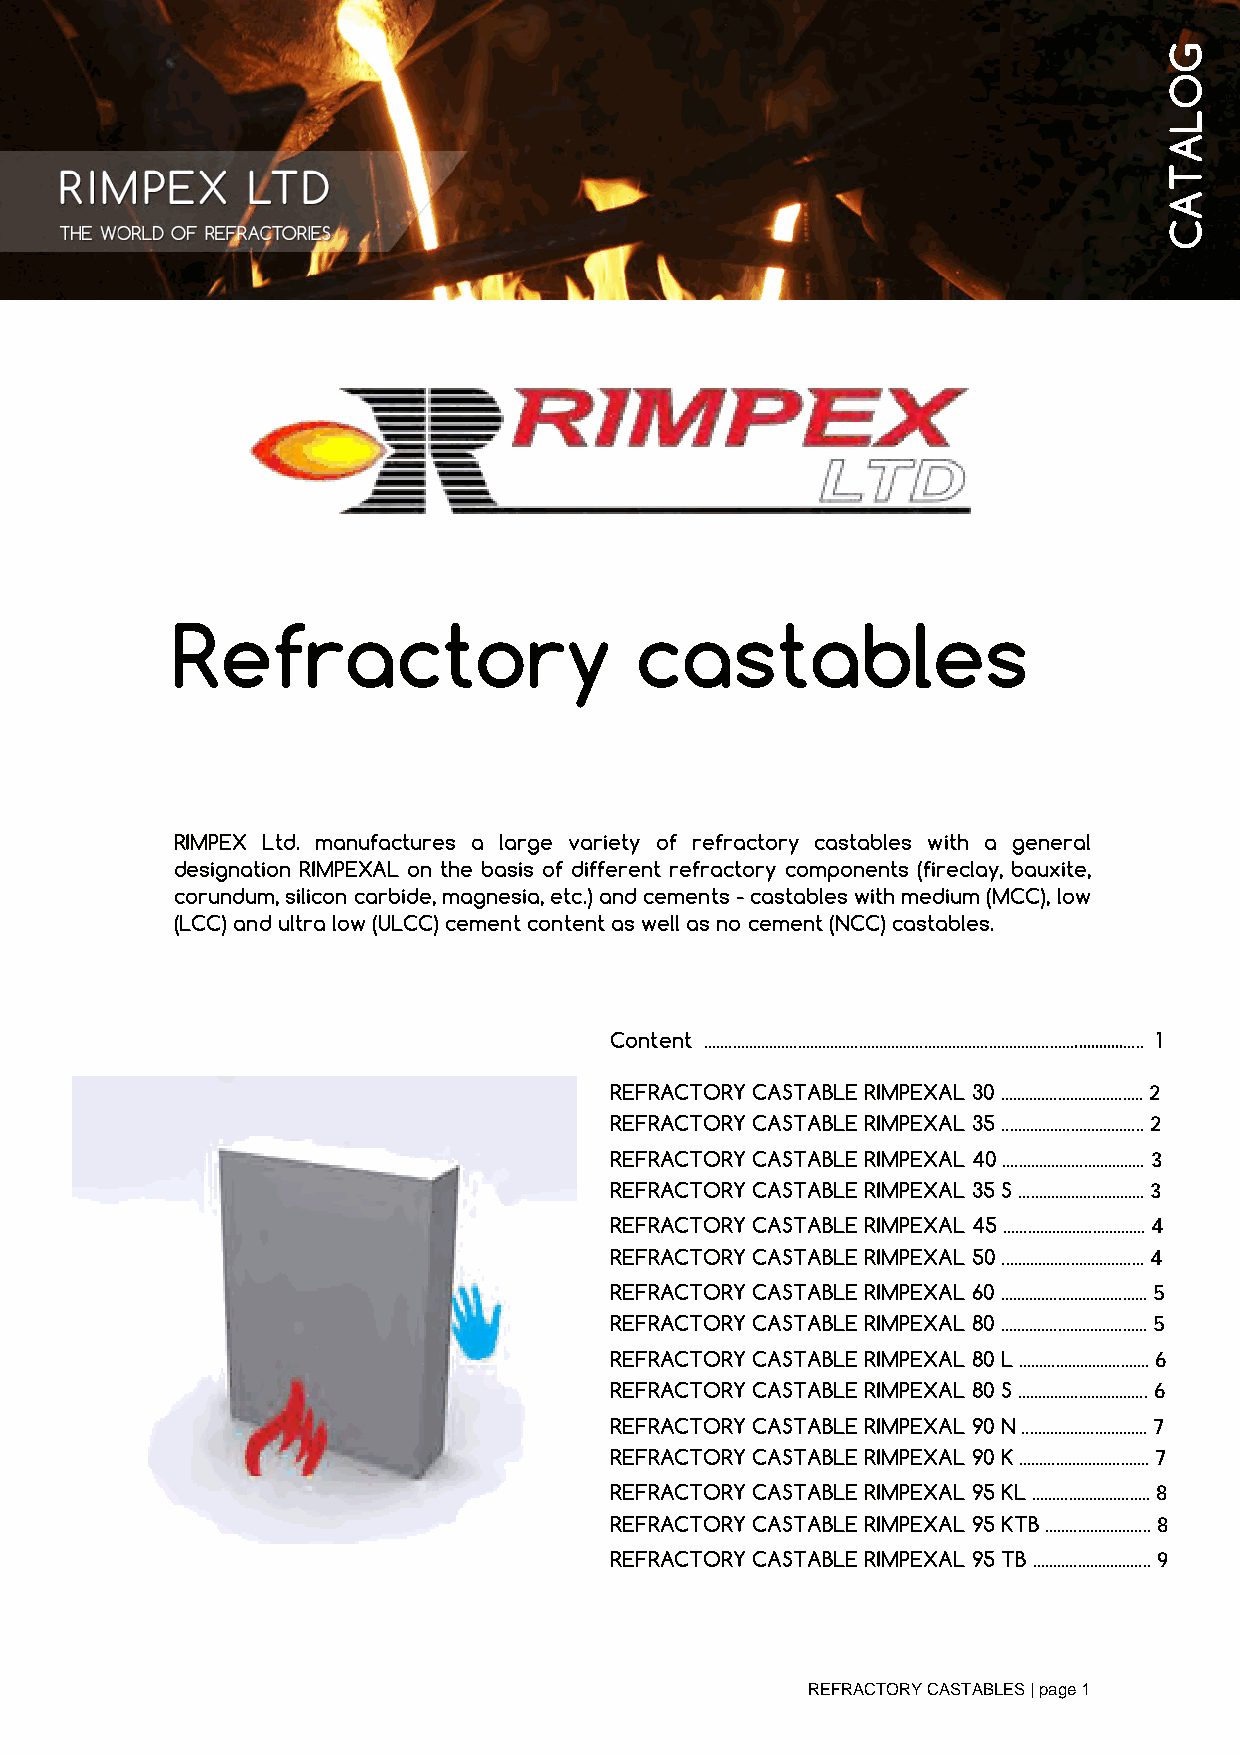
Refractory                     castables
 RIMPEX Ltd. manufactures a large variety of refractory castables with a general
 designation RIMPEXAL on the basis of different refractory components (fireclay, bauxite,
 corundum, silicon carbide, magnesia, etc.) and cements - castables with medium (MCC), low
 (LCC) and ultra low (ULCC) cement content as well as no cement (NCC) castables.
 Content ............................................................................................................ 1
 REFRACTORY CASTABLE RIMPEXAL 30 ................................... 2
 REFRACTORY CASTABLE RIMPEXAL 35 ................................... 2
 REFRACTORY CASTABLE RIMPEXAL 40 ................................... 3
 REFRACTORY CASTABLE RIMPEXAL 35 S ............................... 3
 REFRACTORY CASTABLE RIMPEXAL 45 ................................... 4
 REFRACTORY CASTABLE RIMPEXAL 50 ................................... 4
 REFRACTORY CASTABLE RIMPEXAL 60 .................................... 5
 REFRACTORY CASTABLE RIMPEXAL 80 .................................... 5
 REFRACTORY CASTABLE RIMPEXAL 80 L ................................ 6
 REFRACTORY CASTABLE RIMPEXAL 80 S ................................ 6
 REFRACTORY CASTABLE RIMPEXAL 90 N ............................... 7
 REFRACTORY CASTABLE RIMPEXAL 90 K ................................ 7
 REFRACTORY CASTABLE RIMPEXAL 95 KL ............................. 8
 REFRACTORY CASTABLE RIMPEXAL 95 KTB .......................... 8
 REFRACTORY CASTABLE RIMPEXAL 95 TB ............................. 9
 REFRACTORY CASTABLES | page 1
 GOLATAC